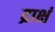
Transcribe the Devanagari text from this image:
द्राक्षं